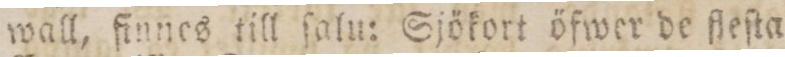
wall, finnes till ſalu: Sjökort öfwer de fleſta